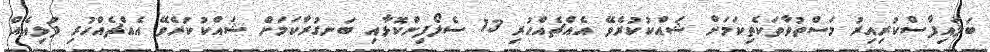
ބަލައިފާސްކުރިއިރު މަސްތުވާތަކެތިކަމަށް ޝައްކުކުރެވޭ އެއްޗެއްހުރި 13 ސެލޯފިންކޮޅާއި ބަނގުރާކަމަށް ޝައްކުކުރެވޭ އެއްޗެއްހުރި ފުޅިއެއް